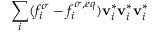
\sum _ { i } ( f _ { i } ^ { \sigma } - f _ { i } ^ { \sigma , e q } ) \mathbf { v } _ { i } ^ { * } \mathbf { v } _ { i } ^ { * } \mathbf { v } _ { i } ^ { * }